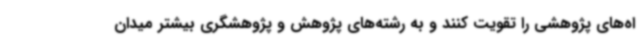
اه‌های پژوهشی را تقویت کنند و به رشته‌های پژوهش و پژوهشگری بیشتر میدان